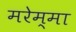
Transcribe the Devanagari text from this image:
मरेम्मा